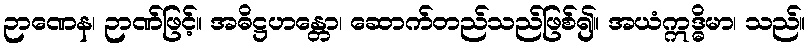
ဉာဏေန၊ ဉာဏ်ဖြင့်။ အဓိဋ္ဌဟန္တော၊ ဆောက်တည်သည်ဖြစ်၍။ အယံဣဒ္ဓိမာ၊ သည်။